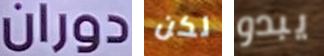
دوران لكن يبدو